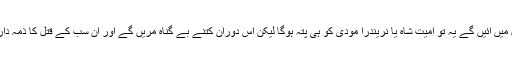
دہلی کے حالات کب کنٹرول میں آئیں گے یہ تو امیت شاہ یا نریندرا مودی کو ہی پتہ ہوگا لیکن اس دوران کتنے بے گناہ مریں گے اور ان سب کے قتل کا ذمہ دار کون ہوگا یہ بڑا سوال ہوگا؟